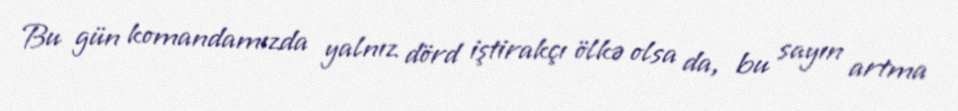
Bu gün komandamızda yalnız dörd iştirakçı ölkə olsa da, bu sayın artma